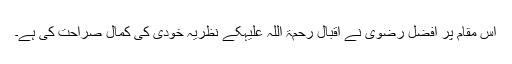
اس مقام پر افضل رضویؔ نے اقبال رحمۃ اللہ علیہکے نظریہ خودی کی کمال صراحت کی ہے۔